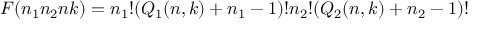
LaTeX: F ( n _ { 1 } n _ { 2 } n k ) = n _ { 1 } ! ( Q _ { 1 } ( n , k ) + n _ { 1 } - 1 ) ! n _ { 2 } ! ( Q _ { 2 } ( n , k ) + n _ { 2 } - 1 ) !